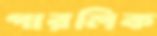
গারলিক